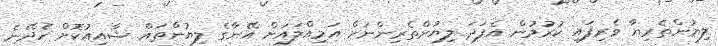
ލިޔުންތެރިޔާ ވެރިފައި ކުރުމުން އެފަދަ ލިޔުންތެރިންނަށް އަމިއްލައަށް އޭނާގެ ލިޔުންތައް ޝާއިއުކޮށް ހެދޭނެ